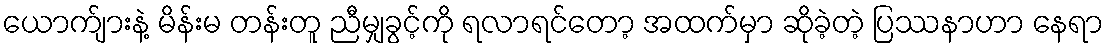
ယောက်ျားနဲ့ မိန်းမ တန်းတူ ညီမျှခွင့်ကို ရလာရင်တော့ အထက်မှာ ဆိုခဲ့တဲ့ ပြဿနာဟာ နေရာ